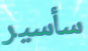
سأسير